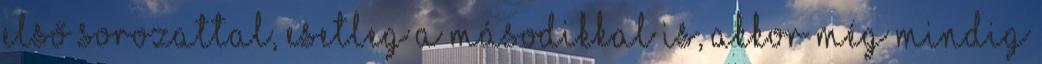
első sorozattal, esetleg a másodikkal is, akkor még mindig